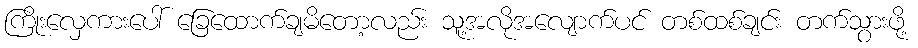
ကြိုးလှေကားပေါ် ခြေထောက်ချမိတော့လည်း သူ့အလိုအလျောက်ပင် တစ်ထစ်ချင်း တက်သွားဖို့